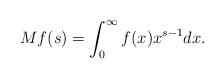
LaTeX: \begin{align*}Mf(s) = \int_0^\infty f(x)x^{s-1} dx.\end{align*}